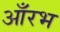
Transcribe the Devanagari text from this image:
आँरभ